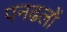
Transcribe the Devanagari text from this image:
पनढलों